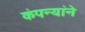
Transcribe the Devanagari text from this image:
कंपन्यांने